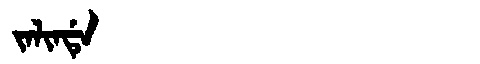
Manchu: ᠵᠠᠯᡳᠨᡩᡝ
Romanization: JALINDE